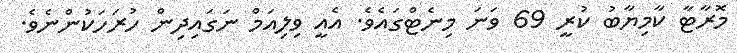
މޮރާޓާ ކާމިޔާބު ކުރީ 69 ވަނަ މިނެޓްގައެވެ. އެއީ ވިލިއަމް ނަގައިދިން ހުރަހަކުންނެވެ.